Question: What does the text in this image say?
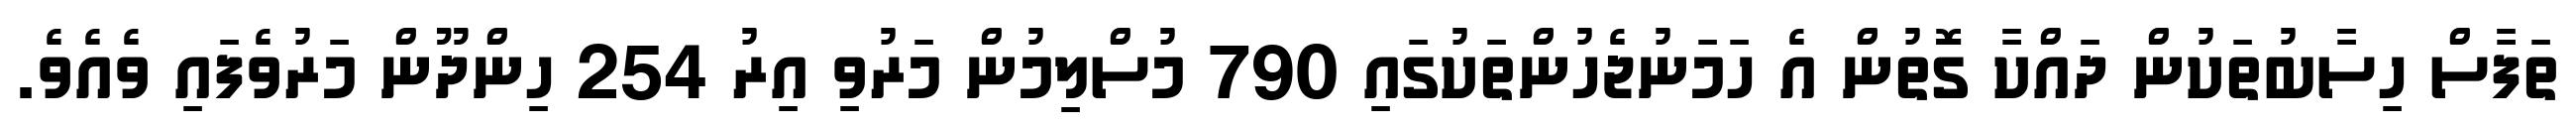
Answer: ތަފާސް ހިސާބުތަކުން ދައްކާ ގޮތުން އެ ހަމަނުޖެހުންތަކުގައި 790 މުސްލިމުން މަރުވި އިރު 254 ހިންދޫން މަރުވެފައި ވެއެވެ.